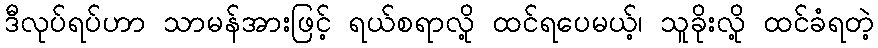
ဒီလုပ်ရပ်ဟာ သာမန်အားဖြင့် ရယ်စရာလို့ ထင်ရပေမယ့်၊ သူခိုးလို့ ထင်ခံရတဲ့